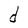
Character: d